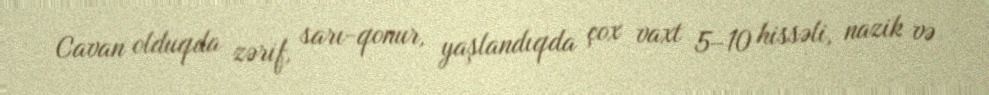
Cavan olduqda zərif, sarı-qonur, yaşlandıqda çox vaxt 5–10 hissəli, nazik və